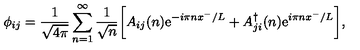
\phi _ { i j } = \frac { 1 } { \sqrt { 4 \pi } } \sum _ { n = 1 } ^ { \infty } \frac { 1 } { \sqrt { n } } \bigg [ A _ { i j } ( n ) \mathrm { e } ^ { - i \pi n x ^ { - } / L } + A _ { j i } ^ { \dag } ( n ) \mathrm { e } ^ { i \pi n x ^ { - } / L } \bigg ] ,